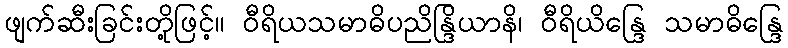
ဖျက်ဆီးခြင်းတို့ဖြင့်။ ဝီရိယသမာဓိပညိန္ဒြိယာနိ၊ ဝီရိယိန္ဒြေ သမာဓိန္ဒြေ